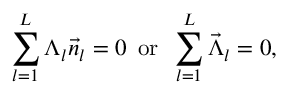
\sum _ { l = 1 } ^ { L } \Lambda _ { l } \vec { n } _ { l } = 0 \, \, \, \mathrm { o r } \, \, \, \sum _ { l = 1 } ^ { L } \vec { \Lambda } _ { l } = 0 ,